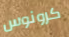
كرونوس